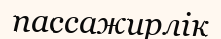
пассажирлік